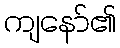
ကျနော်၏